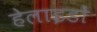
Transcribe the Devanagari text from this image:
हेलाइडों